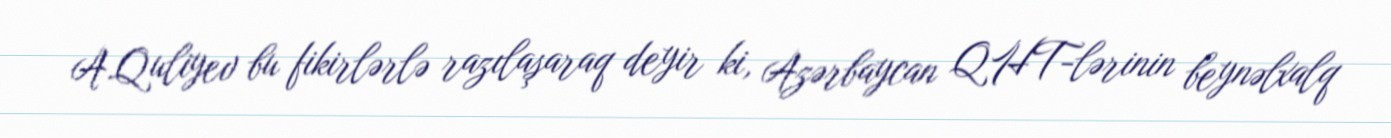
A.Quliyev bu fikirlərlə razılaşaraq deyir ki, Azərbaycan QHT-lərinin beynəlxalq